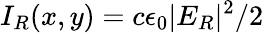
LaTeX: I_{R}(x,y)=c\epsilon_{0}|E_{R}|^{2}/2